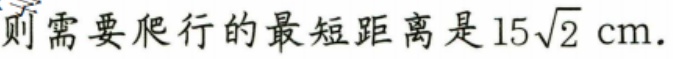
则需要爬行的最短距离是\(15\sqrt{2}\text{ cm}\).